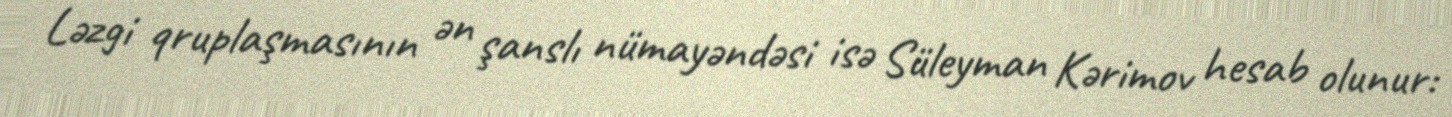
Ləzgi qruplaşmasının ən şanslı nümayəndəsi isə Süleyman Kərimov hesab olunur: